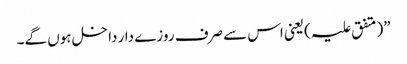
”(متفق علیہ)یعنی اس سے صرف روزے دار داخل ہوں گے۔